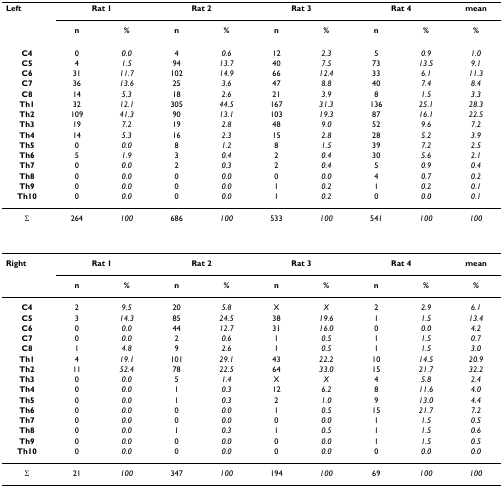
<table><thead><tr><td><b>Left</b></td><td colspan="2"><b>Rat 1</b></td><td colspan="2"><b>Rat 2</b></td><td colspan="2"><b>Rat 3</b></td><td colspan="2"><b>Rat 4</b></td><td><b>mean</b></td></tr><tr><td>[EMPTY_CELL]</td><td><b>n</b></td><td><b>%</b></td><td><b>n</b></td><td><b>%</b></td><td><b>n</b></td><td><b>%</b></td><td><b>n</b></td><td><b>%</b></td><td><b>%</b></td></tr></thead><tbody><tr><td><b>C4</b></td><td>0</td><td><i>0.0</i></td><td>4</td><td><i>0.6</i></td><td>12</td><td><i>2.3</i></td><td>5</td><td><i>0.9</i></td><td><i>1.0</i></td></tr><tr><td><b>C5</b></td><td>4</td><td><i>1.5</i></td><td>94</td><td><i>13.7</i></td><td>40</td><td><i>7.5</i></td><td>73</td><td><i>13.5</i></td><td><i>9.1</i></td></tr><tr><td><b>C6</b></td><td>31</td><td><i>11.7</i></td><td>102</td><td><i>14.9</i></td><td>66</td><td><i>12.4</i></td><td>33</td><td><i>6.1</i></td><td><i>11.3</i></td></tr><tr><td><b>C7</b></td><td>36</td><td><i>13.6</i></td><td>25</td><td><i>3.6</i></td><td>47</td><td><i>8.8</i></td><td>40</td><td><i>7.4</i></td><td><i>8.4</i></td></tr><tr><td><b>C8</b></td><td>14</td><td><i>5.3</i></td><td>18</td><td><i>2.6</i></td><td>21</td><td><i>3.9</i></td><td>8</td><td><i>1.5</i></td><td><i>3.3</i></td></tr><tr><td><b>Th1</b></td><td>32</td><td><i>12.1</i></td><td>305</td><td><i>44.5</i></td><td>167</td><td><i>31.3</i></td><td>136</td><td><i>25.1</i></td><td><i>28.3</i></td></tr><tr><td><b>Th2</b></td><td>109</td><td><i>41.3</i></td><td>90</td><td><i>13.1</i></td><td>103</td><td><i>19.3</i></td><td>87</td><td><i>16.1</i></td><td><i>22.5</i></td></tr><tr><td><b>Th3</b></td><td>19</td><td><i>7.2</i></td><td>19</td><td><i>2.8</i></td><td>48</td><td><i>9.0</i></td><td>52</td><td><i>9.6</i></td><td><i>7.2</i></td></tr><tr><td><b>Th4</b></td><td>14</td><td><i>5.3</i></td><td>16</td><td><i>2.3</i></td><td>15</td><td><i>2.8</i></td><td>28</td><td><i>5.2</i></td><td><i>3.9</i></td></tr><tr><td><b>Th5</b></td><td>0</td><td><i>0.0</i></td><td>8</td><td><i>1.2</i></td><td>8</td><td><i>1.5</i></td><td>39</td><td><i>7.2</i></td><td><i>2.5</i></td></tr><tr><td><b>Th6</b></td><td>5</td><td><i>1.9</i></td><td>3</td><td><i>0.4</i></td><td>2</td><td><i>0.4</i></td><td>30</td><td><i>5.6</i></td><td><i>2.1</i></td></tr><tr><td><b>Th7</b></td><td>0</td><td><i>0.0</i></td><td>2</td><td><i>0.3</i></td><td>2</td><td><i>0.4</i></td><td>5</td><td><i>0.9</i></td><td><i>0.4</i></td></tr><tr><td><b>Th8</b></td><td>0</td><td><i>0.0</i></td><td>0</td><td><i>0.0</i></td><td>0</td><td><i>0.0</i></td><td>4</td><td><i>0.7</i></td><td><i>0.2</i></td></tr><tr><td><b>Th9</b></td><td>0</td><td><i>0.0</i></td><td>0</td><td><i>0.0</i></td><td>1</td><td><i>0.2</i></td><td>1</td><td><i>0.2</i></td><td><i>0.1</i></td></tr><tr><td><b>Th10</b></td><td>0</td><td><i>0.0</i></td><td>0</td><td><i>0.0</i></td><td>1</td><td><i>0.2</i></td><td>0</td><td><i>0.0</i></td><td><i>0.1</i></td></tr><tr><td>Σ</td><td>264</td><td><i>100</i></td><td>686</td><td><i>100</i></td><td>533</td><td><i>100</i></td><td>541</td><td><i>100</i></td><td><i>100</i></td></tr><tr><td><b>Right</b></td><td colspan="2"><b>Rat 1</b></td><td colspan="2"><b>Rat 2</b></td><td colspan="2"><b>Rat 3</b></td><td colspan="2"><b>Rat 4</b></td><td><b>mean</b></td></tr><tr><td>[EMPTY_CELL]</td><td><b>n</b></td><td><b>%</b></td><td><b>n</b></td><td><b>%</b></td><td><b>n</b></td><td><b>%</b></td><td><b>n</b></td><td><b>%</b></td><td><b>%</b></td></tr><tr><td><b>C4</b></td><td>2</td><td><i>9.5</i></td><td>20</td><td><i>5.8</i></td><td>X</td><td><i>X</i></td><td>2</td><td><i>2.9</i></td><td><i>6.1</i></td></tr><tr><td><b>C5</b></td><td>3</td><td><i>14.3</i></td><td>85</td><td><i>24.5</i></td><td>38</td><td><i>19.6</i></td><td>1</td><td><i>1.5</i></td><td><i>13.4</i></td></tr><tr><td><b>C6</b></td><td>0</td><td><i>0.0</i></td><td>44</td><td><i>12.7</i></td><td>31</td><td><i>16.0</i></td><td>0</td><td><i>0.0</i></td><td><i>4.2</i></td></tr><tr><td><b>C7</b></td><td>0</td><td><i>0.0</i></td><td>2</td><td><i>0.6</i></td><td>1</td><td><i>0.5</i></td><td>1</td><td><i>1.5</i></td><td><i>0.7</i></td></tr><tr><td><b>C8</b></td><td>1</td><td><i>4.8</i></td><td>9</td><td><i>2.6</i></td><td>1</td><td><i>0.5</i></td><td>1</td><td><i>1.5</i></td><td><i>3.0</i></td></tr><tr><td><b>Th1</b></td><td>4</td><td><i>19.1</i></td><td>101</td><td><i>29.1</i></td><td>43</td><td><i>22.2</i></td><td>10</td><td><i>14.5</i></td><td><i>20.9</i></td></tr><tr><td><b>Th2</b></td><td>11</td><td><i>52.4</i></td><td>78</td><td><i>22.5</i></td><td>64</td><td><i>33.0</i></td><td>15</td><td><i>21.7</i></td><td><i>32.2</i></td></tr><tr><td><b>Th3</b></td><td>0</td><td><i>0.0</i></td><td>5</td><td><i>1.4</i></td><td>X</td><td><i>X</i></td><td>4</td><td><i>5.8</i></td><td><i>2.4</i></td></tr><tr><td><b>Th4</b></td><td>0</td><td><i>0.0</i></td><td>1</td><td><i>0.3</i></td><td>12</td><td><i>6.2</i></td><td>8</td><td><i>11.6</i></td><td><i>4.0</i></td></tr><tr><td><b>Th5</b></td><td>0</td><td><i>0.0</i></td><td>1</td><td><i>0.3</i></td><td>2</td><td><i>1.0</i></td><td>9</td><td><i>13.0</i></td><td><i>4.4</i></td></tr><tr><td><b>Th6</b></td><td>0</td><td><i>0.0</i></td><td>0</td><td><i>0.0</i></td><td>1</td><td><i>0.5</i></td><td>15</td><td><i>21.7</i></td><td><i>7.2</i></td></tr><tr><td><b>Th7</b></td><td>0</td><td><i>0.0</i></td><td>0</td><td><i>0.0</i></td><td>0</td><td><i>0.0</i></td><td>1</td><td><i>1.5</i></td><td><i>0.5</i></td></tr><tr><td><b>Th8</b></td><td>0</td><td><i>0.0</i></td><td>1</td><td><i>0.3</i></td><td>1</td><td><i>0.5</i></td><td>1</td><td><i>1.5</i></td><td><i>0.6</i></td></tr><tr><td><b>Th9</b></td><td>0</td><td><i>0.0</i></td><td>0</td><td><i>0.0</i></td><td>0</td><td><i>0.0</i></td><td>1</td><td><i>1.5</i></td><td><i>0.5</i></td></tr><tr><td><b>Th10</b></td><td>0</td><td><i>0.0</i></td><td>0</td><td><i>0.0</i></td><td>0</td><td><i>0.0</i></td><td>0</td><td><i>0.0</i></td><td><i>0.0</i></td></tr><tr><td>Σ</td><td>21</td><td><i>100</i></td><td>347</td><td><i>100</i></td><td>194</td><td><i>100</i></td><td>69</td><td><i>100</i></td><td><i>100</i></td></tr></tbody></table>